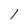
Character: 1